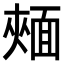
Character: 𩈧